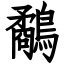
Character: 鷸